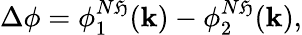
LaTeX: \Delta\phi=\phi_{1}^{N\mathfrak{H}}(\mathbf{{k}})-\phi_{2}^{N\mathfrak{H}}(\mathbf{{k}}),